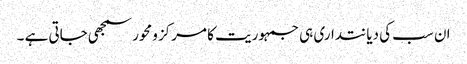
ان سب کی دیانتداری ہی جمہوریت کا مرکز ومحور سمجھی جاتی ہے ۔